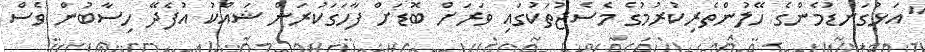
"އަޅުގަނޑުމެންގެ ހޭލުންތެރިކުރުމުގެ މެސެޖުތަކުގައި ވަރަށް ބޮޑަށް ފާހަގަކުރަން ޝައްކު އުފެދޭ ހިސާބުން ވެސް